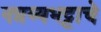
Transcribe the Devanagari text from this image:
नन्नय्यभट्टाचे